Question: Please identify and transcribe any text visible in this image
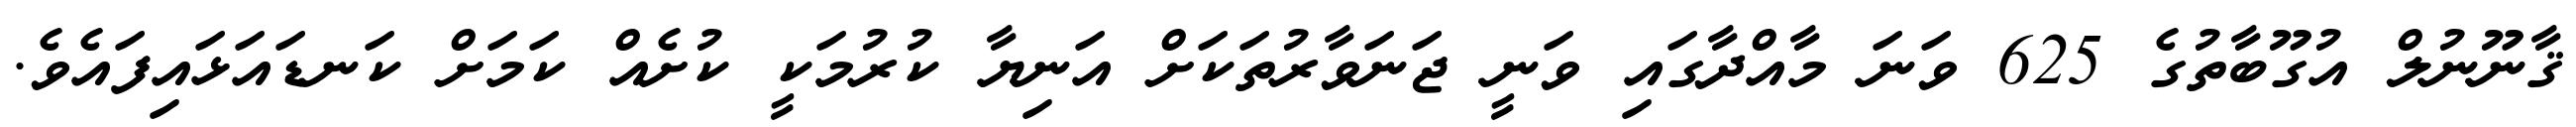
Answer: ޤާނޫނުލް އުގޫބާތުގެ 625 ވަނަ މާއްދާގައި ވަނީ ޖަނަވާރުތަކަށް އަނިޔާ ކުރުމަކީ ކުށެއް ކަމަށް ކަނޑައަޅައިފައެވެ.